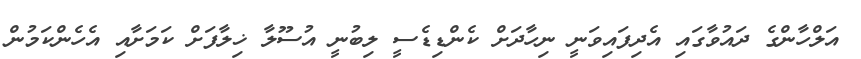
އަލްހާންގެ ދައުވާގައި އެދިފައިވަނީ ނިހާދަށް ކެންޑިޑެސީ ލިބުނީ އުސޫލާ ޚިލާފަށް ކަމަށާއި އެހެންކަމުން